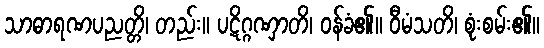
သာဓာရဏပညတ္တိ၊ တည်း။ ပဋိဂ္ဂဏှာတိ၊ ဝန်ခံ၏။ ဝီမံသတိ၊ စုံးစမ်း၏။